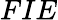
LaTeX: FIE